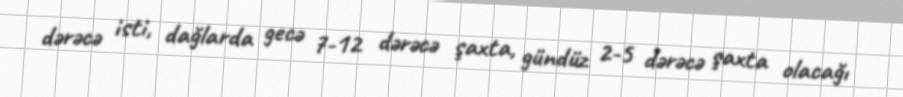
dərəcə isti, dağlarda gecə 7-12 dərəcə şaxta, gündüz 2-5 dərəcə şaxta olacağı